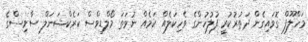
މަހްލޫފް ގޮވައިގެން ދަތުރުކުރީ ފުލުހުންގެ ވެހިކަލެއް ކަމެއް ނުވަތަ މޯލްޑިވްސް ކަރެކްޝަނަލް ސާވިސްގެ